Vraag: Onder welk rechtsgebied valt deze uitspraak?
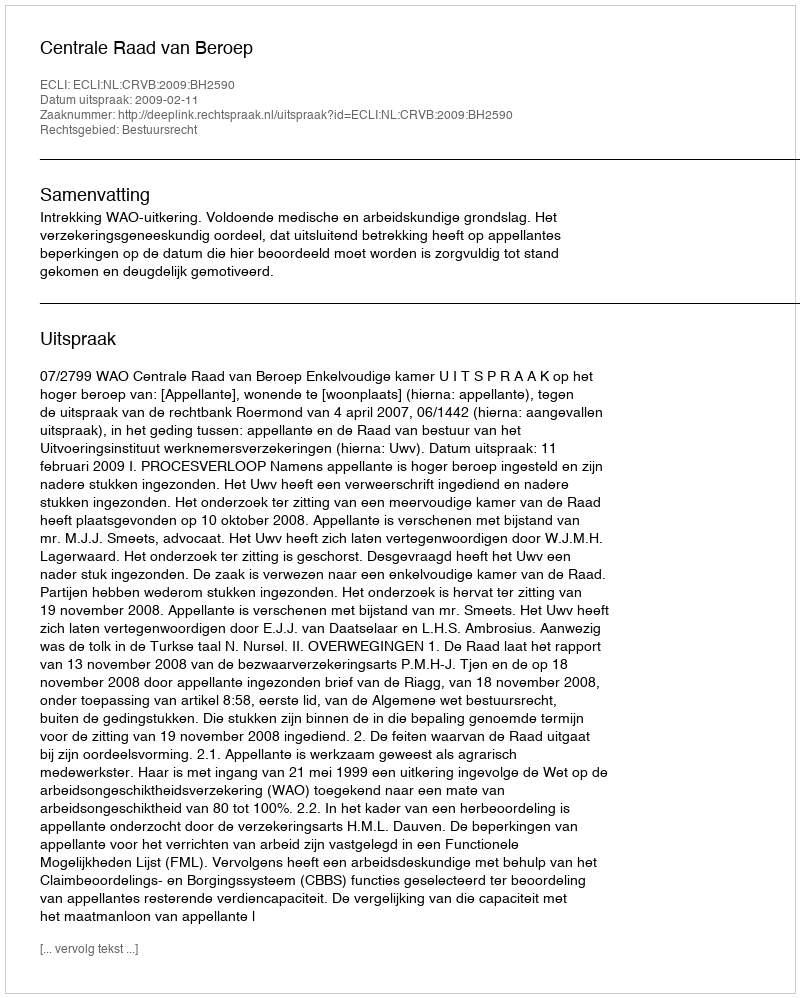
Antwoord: Bestuursrecht